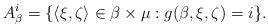
\begin{align*}A^i_{\beta}=\{\langle \xi,\zeta \rangle \in {\beta}\times {\mu}: g({\beta},\xi,\zeta)=i\}.\end{align*}